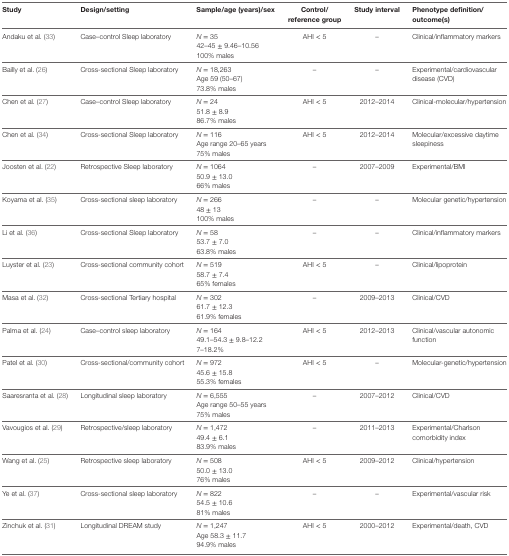
<table><thead><tr><td><b>Study</b></td><td><b>Design/setting</b></td><td><b>Sample/age (years)/sex</b></td><td><b>Control/reference group</b></td><td><b>Study interval</b></td><td><b>Phenotype definition/outcome(s)</b></td></tr></thead><tbody><tr><td rowspan="3">Andaku et al. (33)</td><td rowspan="3">Case–control Sleep laboratory</td><td><i>N</i> = 35</td><td rowspan="3">AHI &lt; 5</td><td rowspan="3">–</td><td rowspan="3">Clinical/inflammatory markers</td></tr><tr><td>42–45 ± 9.46–10.56</td></tr><tr><td>100% males</td></tr><tr><td rowspan="3">Bailly et al. (26)</td><td rowspan="3">Cross-sectional Sleep laboratory</td><td><i>N</i> = 18,263</td><td rowspan="3">–</td><td rowspan="3">–</td><td rowspan="3">Experimental/cardiovascular disease (CVD)</td></tr><tr><td>Age 59 (50–67)</td></tr><tr><td>73.8% males</td></tr><tr><td rowspan="3">Chen et al. (27)</td><td rowspan="3">Case–control Sleep laboratory</td><td><i>N</i> = 24</td><td rowspan="3">AHI &lt; 5</td><td rowspan="3">2012–2014</td><td rowspan="3">Clinical-molecular/hypertension</td></tr><tr><td>51.8 ± 8.9</td></tr><tr><td>86.7% males</td></tr><tr><td rowspan="3">Chen et al. (34)</td><td rowspan="3">Cross-sectional Sleep laboratory</td><td><i>N</i> = 116</td><td rowspan="3">AHI &lt; 5</td><td rowspan="3">2012–2014</td><td rowspan="3">Molecular/excessive daytime sleepiness</td></tr><tr><td>Age range 20–65 years</td></tr><tr><td>75% males</td></tr><tr><td rowspan="3">Joosten et al. (22)</td><td rowspan="3">Retrospective Sleep laboratory</td><td><i>N</i> = 1064</td><td rowspan="3">–</td><td rowspan="3">2007–2009</td><td rowspan="3">Experimental/BMI</td></tr><tr><td>50.9 ± 13.0</td></tr><tr><td>66% males</td></tr><tr><td rowspan="3">Koyama et al. (35)</td><td rowspan="3">Cross-sectional sleep laboratory</td><td><i>N</i> = 266</td><td rowspan="3">–</td><td rowspan="3">–</td><td rowspan="3">Molecular genetic/hypertension</td></tr><tr><td>48 ± 13</td></tr><tr><td>100% males</td></tr><tr><td rowspan="3">Li et al. (36)</td><td rowspan="3">Cross-sectional Sleep laboratory</td><td><i>N</i> = 58</td><td rowspan="3">–</td><td rowspan="3">–</td><td rowspan="3">Clinical/inflammatory markers</td></tr><tr><td>53.7 ± 7.0</td></tr><tr><td>63.8% males</td></tr><tr><td rowspan="3">Luyster et al. (23)</td><td rowspan="3">Cross-sectional community cohort</td><td><i>N</i> = 519</td><td rowspan="3">AHI &lt; 5</td><td rowspan="3">–</td><td rowspan="3">Clinical/lipoprotein</td></tr><tr><td>58.7 ± 7.4</td></tr><tr><td>65% females</td></tr><tr><td rowspan="3">Masa et al. (32)</td><td rowspan="3">Cross-sectional Tertiary hospital</td><td><i>N</i> = 302</td><td rowspan="3">–</td><td rowspan="3">2009–2013</td><td rowspan="3">Clinical/CVD</td></tr><tr><td>61.7 ± 12.3</td></tr><tr><td>61.9% females</td></tr><tr><td rowspan="3">Palma et al. (24)</td><td rowspan="3">Case–control sleep laboratory</td><td><i>N</i> = 164</td><td rowspan="3">AHI &lt; 5</td><td rowspan="3">2012–2013</td><td rowspan="3">Clinical/vascular autonomic function</td></tr><tr><td>49.1–54.3 ± 9.8–12.2</td></tr><tr><td>7–18.2%</td></tr><tr><td rowspan="3">Patel et al. (30)</td><td rowspan="3">Cross-sectional/community cohort</td><td><i>N</i> = 972</td><td rowspan="3">AHI &lt; 5</td><td rowspan="3">–</td><td rowspan="3">Molecular-genetic/hypertension</td></tr><tr><td>45.6 ± 15.8</td></tr><tr><td>55.3% females</td></tr><tr><td rowspan="3">Saaresranta et al. (28)</td><td rowspan="3">Longitudinal sleep laboratory</td><td><i>N</i> = 6,555</td><td rowspan="3">–</td><td rowspan="3">2007–2012</td><td rowspan="3">Clinical/CVD</td></tr><tr><td>Age range 50–55 years</td></tr><tr><td>75% males</td></tr><tr><td rowspan="3">Vavougios et al. (29)</td><td rowspan="3">Retrospective/sleep laboratory</td><td><i>N</i> = 1,472</td><td rowspan="3">–</td><td rowspan="3">2011–2013</td><td rowspan="3">Experimental/Charlson comorbidity index</td></tr><tr><td>49.4 ± 6.1</td></tr><tr><td>83.9% males</td></tr><tr><td rowspan="3">Wang et al. (25)</td><td rowspan="3">Retrospective sleep laboratory</td><td><i>N</i> = 508</td><td rowspan="3">AHI &lt; 5</td><td rowspan="3">2009–2012</td><td rowspan="3">Clinical/hypertension</td></tr><tr><td>50.0 ± 13.0</td></tr><tr><td>76% males</td></tr><tr><td rowspan="3">Ye et al. (37)</td><td rowspan="3">Cross-sectional sleep laboratory</td><td><i>N</i> = 822</td><td rowspan="3">–</td><td rowspan="3">–</td><td rowspan="3">Experimental/vascular risk</td></tr><tr><td>54.5 ± 10.6</td></tr><tr><td>81% males</td></tr><tr><td rowspan="3">Zinchuk et al. (31)</td><td rowspan="3">Longitudinal DREAM study</td><td><i>N</i> = 1,247</td><td rowspan="3">AHI &lt; 5</td><td rowspan="3">2000–2012</td><td rowspan="3">Experimental/death, CVD</td></tr><tr><td>Age 58.3 ± 11.7</td></tr><tr><td>94.9% males</td></tr></tbody></table>